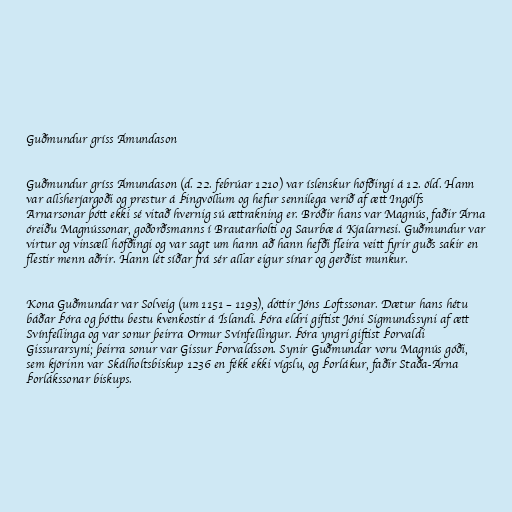
Guðmundur gríss Ámundason

Guðmundur gríss Ámundason (d. 22. febrúar 1210) var íslenskur höfðingi á 12. öld. Hann
var allsherjargoði og prestur á Þingvöllum og hefur sennilega verið af ætt Ingólfs
Arnarsonar þótt ekki sé vitað hvernig sú ættrakning er. Bróðir hans var Magnús, faðir Árna
óreiðu Magnússonar, goðorðsmanns í Brautarholti og Saurbæ á Kjalarnesi. Guðmundur var
virtur og vinsæll höfðingi og var sagt um hann að hann hefði fleira veitt fyrir guðs sakir en
flestir menn aðrir. Hann lét síðar frá sér allar eigur sínar og gerðist munkur.

Kona Guðmundar var Solveig (um 1151 – 1193), dóttir Jóns Loftssonar. Dætur hans hétu
báðar Þóra og þóttu bestu kvenkostir á Íslandi. Þóra eldri giftist Jóni Sigmundssyni af ætt
Svínfellinga og var sonur þeirra Ormur Svínfellingur. Þóra yngri giftist Þorvaldi
Gissurarsyni; þeirra sonur var Gissur Þorvaldsson. Synir Guðmundar voru Magnús góði,
sem kjörinn var Skálholtsbiskup 1236 en fékk ekki vígslu, og Þorlákur, faðir Staða-Árna
Þorlákssonar biskups.